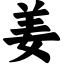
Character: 姜